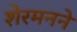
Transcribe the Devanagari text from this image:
शेरमनने